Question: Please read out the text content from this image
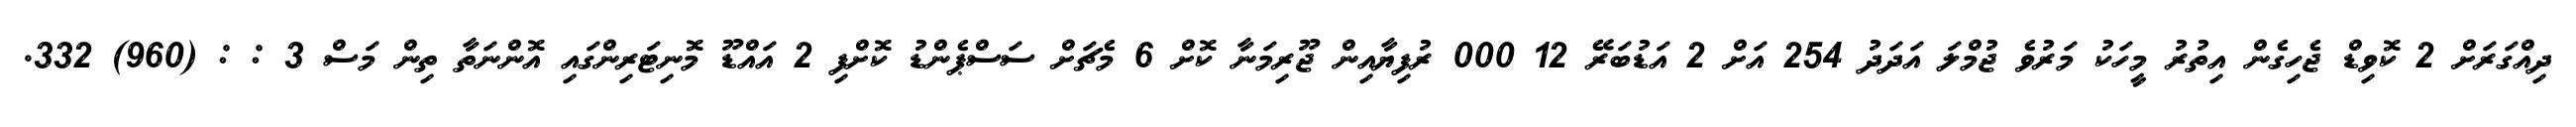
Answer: ދިއްގަރަށް 2 ކޮވިޑް ޖެހިގެން އިތުރު މީހަކު މަރުވެ ޖުމްލަ އަދަދު 254 އަށް 2 އަޑުބަރޭ 12 000 ރުފިޔާއިން ޖޫރިމަނާ ކޮށް 6 މެޗަށް ސަސްޕެންޑު ކޮށްފި 2 އައްޑޫ މޮނިޓަރިންގައި އޮންނަތާ ތިން މަސް 3 : : (960) 332.